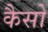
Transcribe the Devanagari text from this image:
कैसो